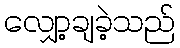
လျှော့ချခဲ့သည်